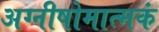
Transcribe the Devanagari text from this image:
अग्नीषोमात्मकं